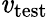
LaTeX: \mathit{v}_{\mathrm{{{test}}}}